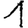
Digit: 1